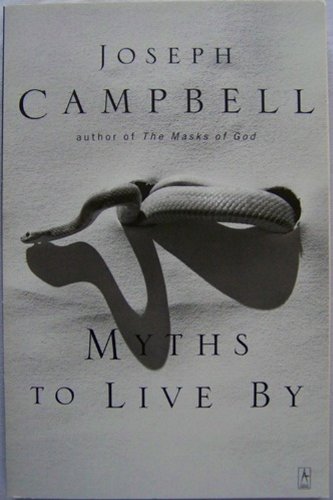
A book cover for Myths to Live By; Joseph Campbell; Literature & Fiction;